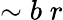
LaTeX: \sim b\; r